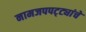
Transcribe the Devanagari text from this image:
नामजपपट्ट्यांचे